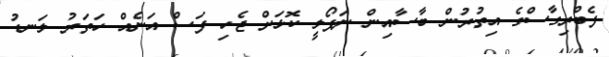
ފެބްރިގާސްގެ އިތުރުން ބާސާއިން ނަޕޯލީ ކޮޅަށް ޖެހި ފަސް އަނެއް ހަތަރު ލަނޑު